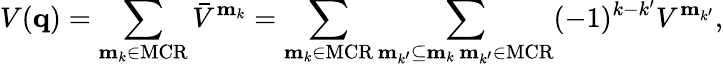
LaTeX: V(\mathbf{q})=\sum_{\mathbf{m}_{k}\in\mathrm{MCR}}\bar{V}^{\mathbf{m}_{k}}=\sum_{\mathbf{m}_{k}\in\mathrm{MCR}}\sum_{\substack{\mathrm{\mathbf m}_{k^{\prime}}\subseteq\mathrm{\mathbf m}_{k}\, \mathrm{\mathbf m}_{k^{\prime}}\in\mathrm{MCR}}}(-1)^{k-k^{\prime}}V^{\mathbf{m}_{k^{\prime}}},